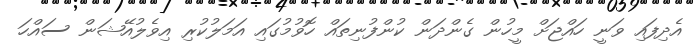
އެދިފައި ވަނީ ހައްޖަށް މީހުން ގެންދަން ކުންފުނިތައް ހޮވުމުގައި އަމަލުކުރި އިވެލުއޭޝަން ސައްހަ